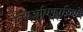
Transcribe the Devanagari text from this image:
नियअधिकारियों